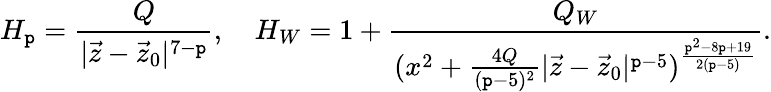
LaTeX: H_{\mathtt{p}}={\frac{{Q}}{{|\vec{{z}}-\vec{{z}}_{0}|^{7-\mathtt{p}}}}},\ \ \ \ H_{W}=1+{\frac{{Q_{W}}}{{(x^{2}+{\frac{{4Q}}{{(\mathtt{p}-5)^{2}}}}|\vec{{z}}-\vec{{z}}_{0}|^{\mathtt{p}-5})^{\frac{{\mathtt{p}^{2}-8\mathtt{p}+19}}{{2(\mathtt{p}-5)}}}}}}.